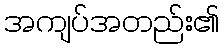
အကျပ်အတည်း၏